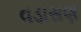
વડાસણ